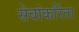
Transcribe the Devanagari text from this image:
सेवांकरिंता